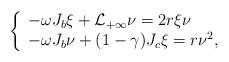
LaTeX: \begin{align*} \left\{\begin{array}{lll}-\omega J_b \xi +\mathcal L_{+\infty}\nu =2r\xi \nu\\-\omega J_b\nu+ (1-\gamma) J_c\xi =r\nu^2,\end{array}\right.\end{align*}